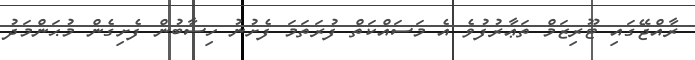
ރާއްޖޭގައި ޓޫރިޒަމް ތަޢާރުފުވެ އެ މަސައްކަތް ފުރަތަމަ ފެށުނު ހިސާބުން ފެށިގެން މުޙަންމަދު